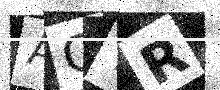
Text: ACYR